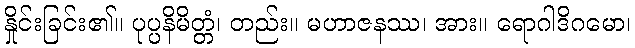
နှိုင်းခြင်း၏။ ပုပ္ပနိမိတ္တံ၊ တည်း။ မဟာဇနဿ၊ အား။ ရောဂါဒိဂမော၊